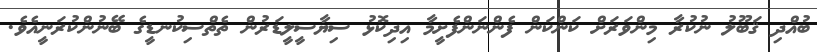
ބުއްދި ޤަބޫލު ނުކުރާ މިންވަރަށް ކަންކަން ފެންނަންފެށީމާ އިދިކޮޅު ސިޔާސީލީޑަރުން ތެތްސިކުނޑީގެ ބޭނުންކުރަނީއެވެ.